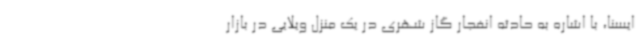
ایسنا، با اشاره به حادثه انفجار گاز شهری در یک منزل ویلایی در بازار